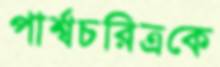
পার্শ্বচরিত্রকে